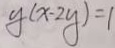
y ( x - 2 y ) = 1